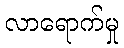
လာရောက်မှု